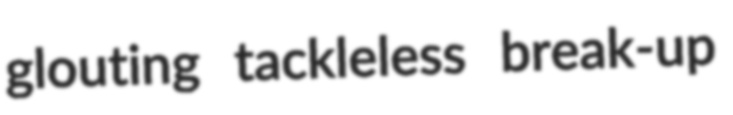
glouting tackleless break-up